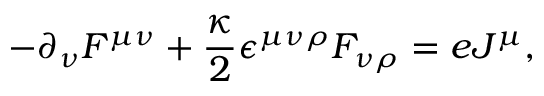
- \partial _ { \nu } F ^ { \mu \nu } + \frac { \kappa } { 2 } { \epsilon } ^ { \mu \nu \rho } F _ { \nu \rho } = e J ^ { \mu } ,